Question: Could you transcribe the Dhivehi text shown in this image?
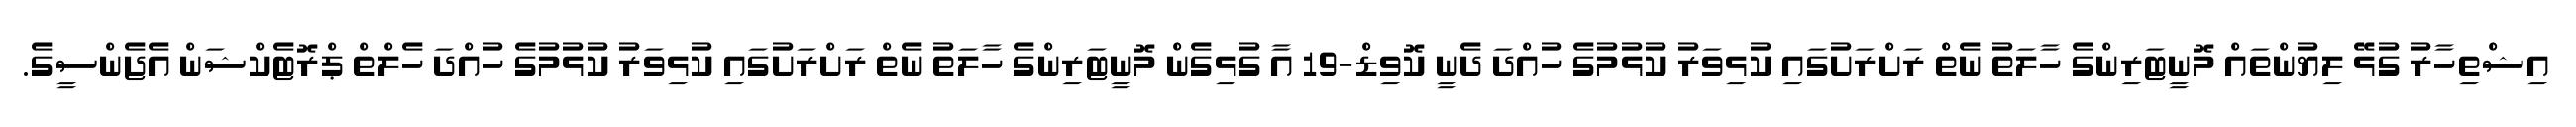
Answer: އިޝްތިހާރު ގުޅޭ ލިޔުންތައް މޮނީޓަރިންގެ ހާލަތު ނެތް ރަށްރަށުގައި ކުޅިވަރު ކުޅުމުގެ ހުއްދަ ދެނީ ކޮވިޑް-19 އާ ގުޅިގެން މޮނީޓަރިންގެ ހާލަތު ނެތް ރަށްރަށުގައި ކުޅިވަރު ކުޅުމުގެ ހުއްދަ ހެލްތް ޕްރޮޓެކްޝަން އެޖެންސީގެ.